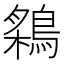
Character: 𬷠